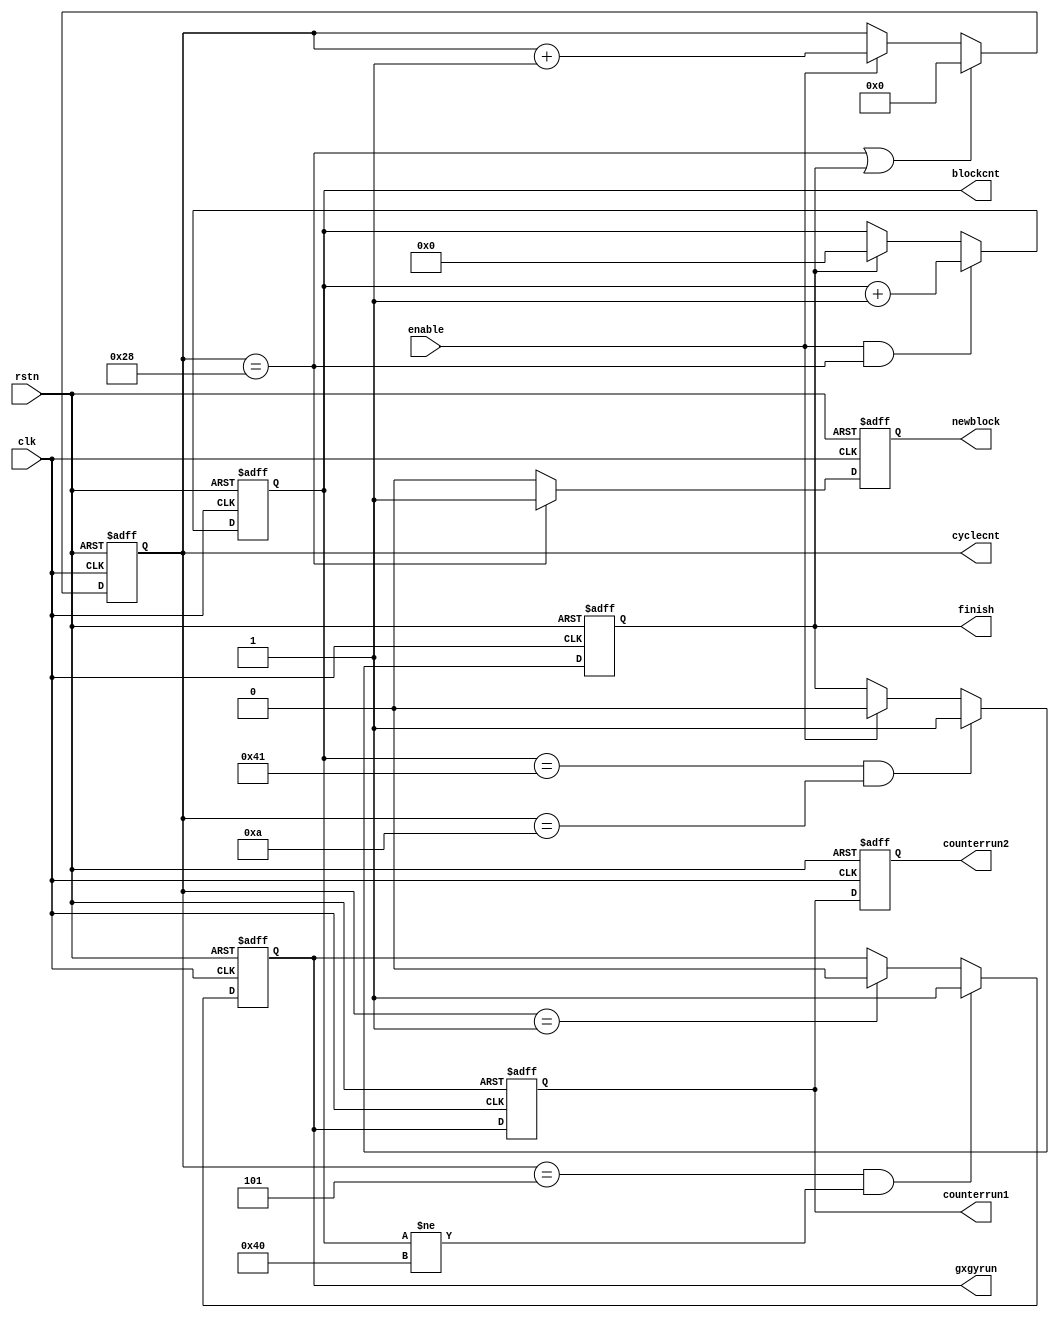
module control(
	rstn,
	clk,
	enable,
	cyclecnt,
	blockcnt,
	newblock,
	gxgyrun,
	counterrun1,
	counterrun2,
	finish
);

	input				rstn;
	input				clk;
	
	input				enable;
	output	[5:0]		cyclecnt;
	output	[6:0]		blockcnt;
	output				gxgyrun;
	output				counterrun1;
	output				counterrun2;
	output				finish;
	output				newblock;
	
	reg					gxgyrun;
	reg					counterrun1;
	reg					counterrun2;
	reg					finish;
	reg					newblock;
	
	reg		[5:0]		cyclecnt;
	reg		[6:0]		blockcnt;
	
	reg		[2:0]		tid_o;		
	
	always@(posedge clk or negedge rstn)
		if(!rstn)
			newblock	<=	1'b0;
		else	if(cyclecnt	==	'd40)
			newblock	<=	1'b1;
		else
			newblock	<=	1'b0;
	
	always@(posedge clk or negedge rstn)
		if(!rstn)
			cyclecnt <= 'd0;
		else if((cyclecnt == 'd40) || finish)
			cyclecnt <= 'd0;
		else if(enable)
			cyclecnt <= cyclecnt + 1'b1;
			
	always@(posedge clk or negedge rstn)
		if(!rstn)
			blockcnt <= 'd0;
		else if(enable && (cyclecnt == 'd40))
			blockcnt <= blockcnt + 1'b1;
		else if(finish)
			blockcnt <= 'd0;
			
	always@(posedge clk or negedge rstn)
		if(!rstn)
			gxgyrun <= 'd0;
		else if((cyclecnt == 'd5)  && (blockcnt != 'd64))
			gxgyrun <= 1'b1;
		else if(cyclecnt == 'd1) 
			gxgyrun <= 1'b0;
			
	always@(posedge clk or negedge rstn)
		if(!rstn)
			counterrun1 <= 'd0;
		else
			counterrun1 <= gxgyrun;
			
	always@(posedge clk or negedge rstn)
		if(!rstn)
			counterrun2 <= 'd0;
		else
			counterrun2 <= counterrun1;
			
	always@(posedge clk or negedge rstn)
		if(!rstn)
			finish <= 1'b0;
		else if((blockcnt == 'd65) && (cyclecnt == 'd10))
			finish <= 1'b1;
		else if(enable)
			finish <= 1'b0;
	
endmodule